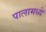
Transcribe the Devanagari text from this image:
पालामध्ये